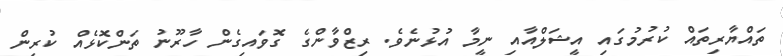
ތައްޔާރިތައް ކުރުމުގައި އީޝަލްއާއި ނީމާ އުޅުނެވެ. ރިޒްވާންގެ ގޮވައިގެން ހާރޫނު ތަންކޮޅެއް ކުރިން